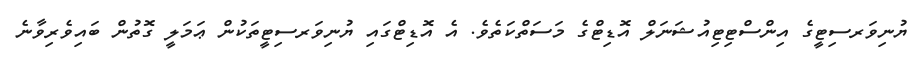
ޔުނިވަރސިޓީގެ އިންސްޓިޓިއުޝަނަލް އޮޑިޓްގެ މަސަތްކަތެވެ. އެ އޮޑިޓްގައި ޔުނިވަރސިޓީތަކުން ޢަމަލީ ގޮތުން ބައިވެރިވާނެ